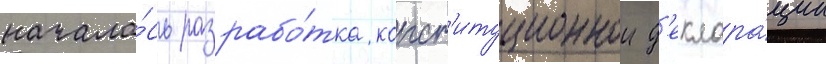
начала́сь разрабо́тка конст'итуционнои д'еклара́ции